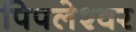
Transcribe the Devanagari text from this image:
पिपलेश्वर